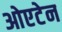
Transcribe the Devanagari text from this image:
ओएटेन